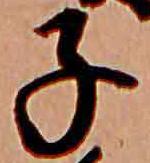
子